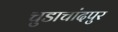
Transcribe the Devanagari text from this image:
चुडाचांदपुर